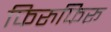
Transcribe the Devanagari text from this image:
फिरुफिरू